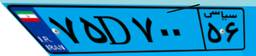
۴۸D۶۱۱۵۷